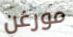
مورغن